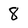
Character: 8